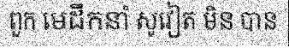
ពួក មេដឹកនាំ សូវៀត មិន បាន